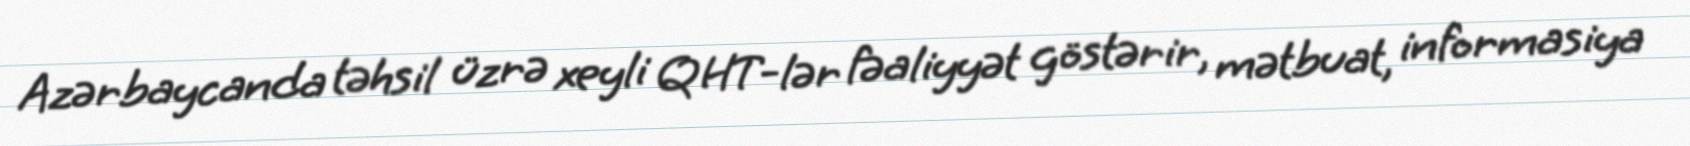
Azərbaycanda təhsil üzrə xeyli QHT-lər fəaliyyət göstərir, mətbuat, informasiya